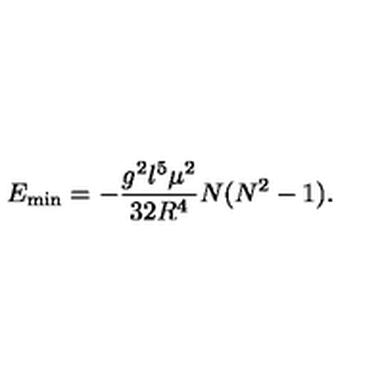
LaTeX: E _ { \mathrm { m i n } } = - \frac { g ^ { 2 } l ^ { 5 } \mu ^ { 2 } } { 3 2 R ^ { 4 } } N ( N ^ { 2 } - 1 ) .